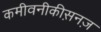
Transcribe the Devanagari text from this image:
कमीवनीकीस़नज़